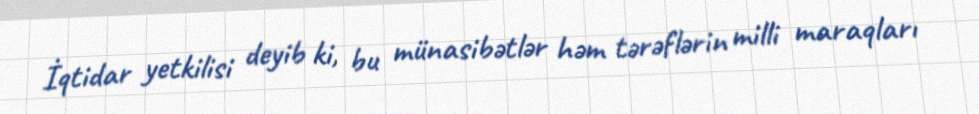
İqtidar yetkilisi deyib ki, bu münasibətlər həm tərəflərin milli maraqları